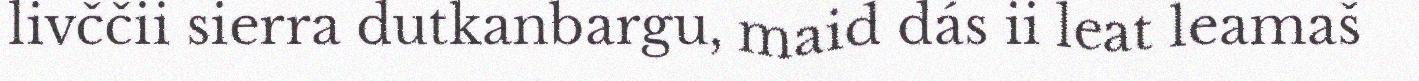
livččii sierra dutkanbargu, maid dás ii leat leamaš